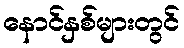
နောင်နှစ်များတွင်